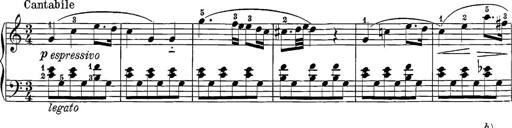
Title: 12 Sonatine per Pianoforte
Composer: Friedrich Kuhlau